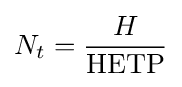
N_{t}={\frac {H}{\mathrm {HETP} }}